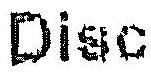
DISC